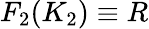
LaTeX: F_{2}(K_{2})\equiv R